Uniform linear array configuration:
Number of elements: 4
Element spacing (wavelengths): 0.25
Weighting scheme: binomial
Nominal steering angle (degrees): -30
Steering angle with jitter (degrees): -28.049
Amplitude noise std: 0.05
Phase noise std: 0.05

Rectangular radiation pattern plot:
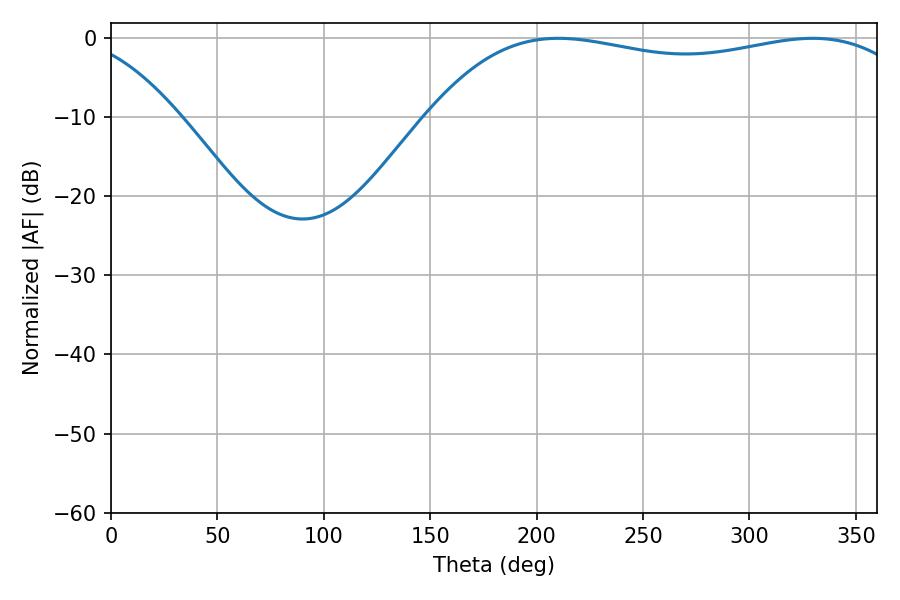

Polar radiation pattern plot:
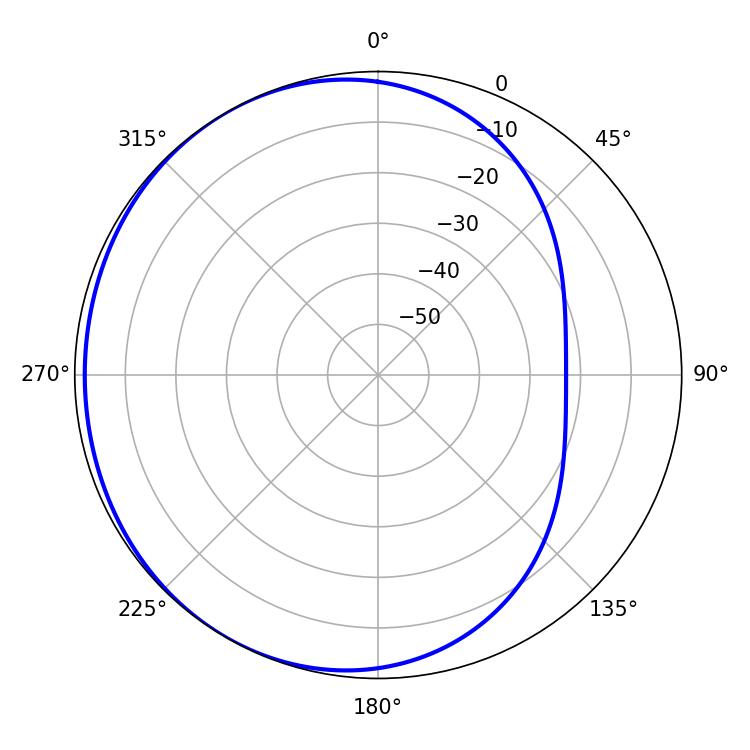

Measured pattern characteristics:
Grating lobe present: FALSE
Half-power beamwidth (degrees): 185.94
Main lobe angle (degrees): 210.24